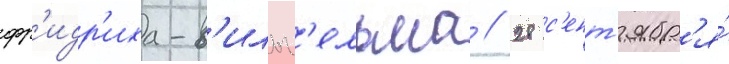
фр'идр'иха-в'ильг'ельма // 28 с'ент'ябр'я́